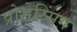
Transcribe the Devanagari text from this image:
प्रोसेस्सिंग